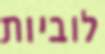
לוביות